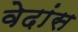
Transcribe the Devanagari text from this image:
वेदांस